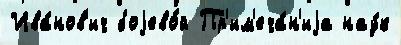
Ива́нов'ич боjево́й Пр'им'еча́н'иjа нау́к